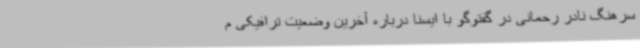
سرهنگ نادر رحمانی در گفتوگو با ایسنا درباره آخرین وضعیت ترافیکی م